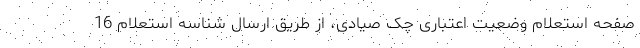
صفحه استعلام وضعیت اعتباری چک صیادی، از طریق ارسال شناسه استعلام 16